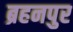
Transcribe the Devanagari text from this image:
ब्रहनपुर